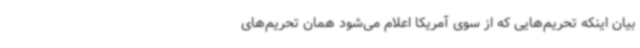
بیان اینکه تحریم‌هایی که از سوی آمریکا اعلام می‌شود همان تحریم‌های